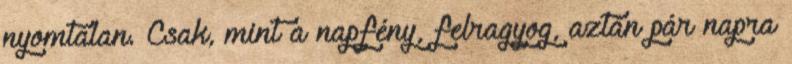
nyomtalan. Csak, mint a napfény, felragyog, aztán pár napra